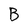
Character: B